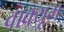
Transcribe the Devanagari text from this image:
वाक्यूम